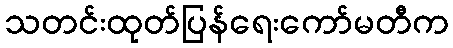
သတင်းထုတ်ပြန်ရေးကော်မတီက